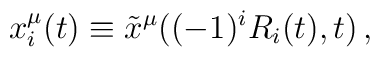
x^\mu_i(t) \equiv \tilde x^\mu((-1)^i R_i(t), t) \,,